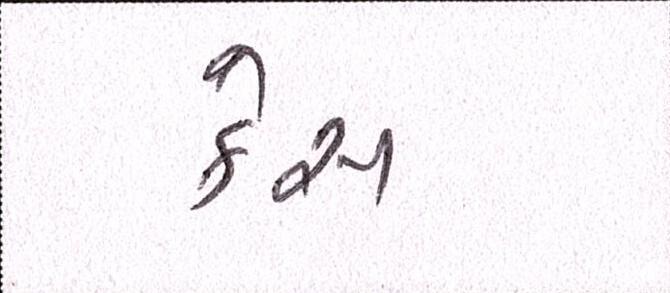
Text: કેસ